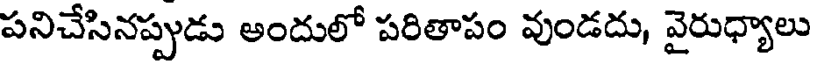
పనిచేసినప్పుడు అందులో పరితాపం వుండదు, వైరుధ్యాలు